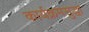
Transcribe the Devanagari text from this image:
कार्यक्रमसुद्धा